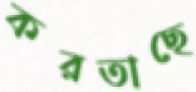
করতাছে